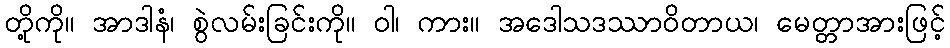
တို့ကို။ အာဒါနံ၊ စွဲလမ်းခြင်းကို။ ဝါ၊ ကား။ အဒေါသဒဿာဝိတာယ၊ မေတ္တာအားဖြင့်